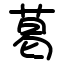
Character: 葛